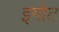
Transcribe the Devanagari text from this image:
इगोट